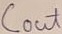
Text: Cout